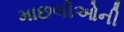
માછલીઓની